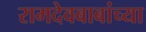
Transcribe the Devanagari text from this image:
रामदेवबाबांच्या